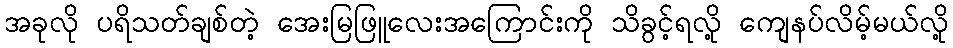
အခုလို ပရိသတ်ချစ်တဲ့ အေးမြဖြူလေးအကြောင်းကို သိခွင့်ရလို့ ကျေနပ်လိမ့်မယ်လို့